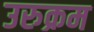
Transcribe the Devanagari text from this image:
उरुक्रम